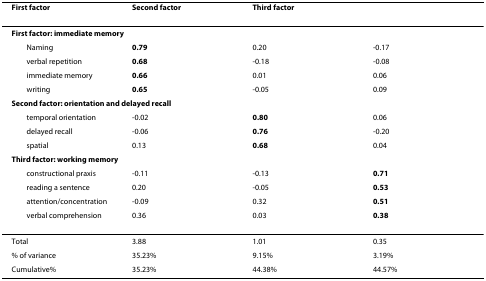
<table><thead><tr><td><b>First factor</b></td><td><b>Second factor</b></td><td><b>Third factor</b></td><td></td></tr></thead><tbody><tr><td colspan="4"><b>First factor: immediate memory</b></td></tr><tr><td> Naming</td><td><b>0.79</b></td><td>0.20</td><td>-0.17</td></tr><tr><td> verbal repetition</td><td><b>0.68</b></td><td>-0.18</td><td>-0.08</td></tr><tr><td> immediate memory</td><td><b>0.66</b></td><td>0.01</td><td>0.06</td></tr><tr><td> writing</td><td><b>0.65</b></td><td>-0.05</td><td>0.09</td></tr><tr><td colspan="4"><b>Second factor: orientation and delayed recall</b></td></tr><tr><td> temporal orientation</td><td>-0.02</td><td><b>0.80</b></td><td>0.06</td></tr><tr><td> delayed recall</td><td>-0.06</td><td><b>0.76</b></td><td>-0.20</td></tr><tr><td> spatial</td><td>0.13</td><td><b>0.68</b></td><td>0.04</td></tr><tr><td colspan="4"><b>Third factor: working memory</b></td></tr><tr><td> constructional praxis</td><td>-0.11</td><td>-0.13</td><td><b>0.71</b></td></tr><tr><td> reading a sentence</td><td>0.20</td><td>-0.05</td><td><b>0.53</b></td></tr><tr><td> attention/concentration</td><td>-0.09</td><td>0.32</td><td><b>0.51</b></td></tr><tr><td> verbal comprehension</td><td>0.36</td><td>0.03</td><td><b>0.38</b></td></tr><tr><td>Total</td><td>3.88</td><td>1.01</td><td>0.35</td></tr><tr><td>% of variance</td><td>35.23%</td><td>9.15%</td><td>3.19%</td></tr><tr><td>Cumulative%</td><td>35.23%</td><td>44.38%</td><td>44.57%</td></tr></tbody></table>